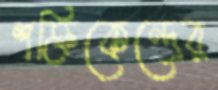
শক্তিকেন্দ্রের